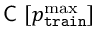
\textsf { C } [ { p _ { \mathtt { t r a i n } } ^ { \operatorname* { m a x } } } ]